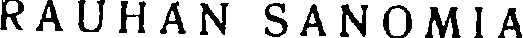
RAUHAN SANOMIA